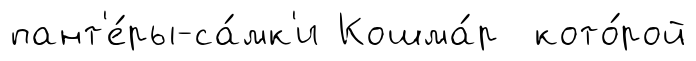
пант'е́ры-са́мк'и Кошма́р кото́рой